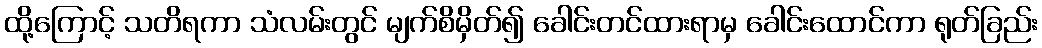
ထို့ကြောင့် သတိရကာ သံလမ်းတွင် မျက်စိမှိတ်၍ ခေါင်းတင်ထားရာမှ ခေါင်းထောင်ကာ ရုတ်ခြည်း